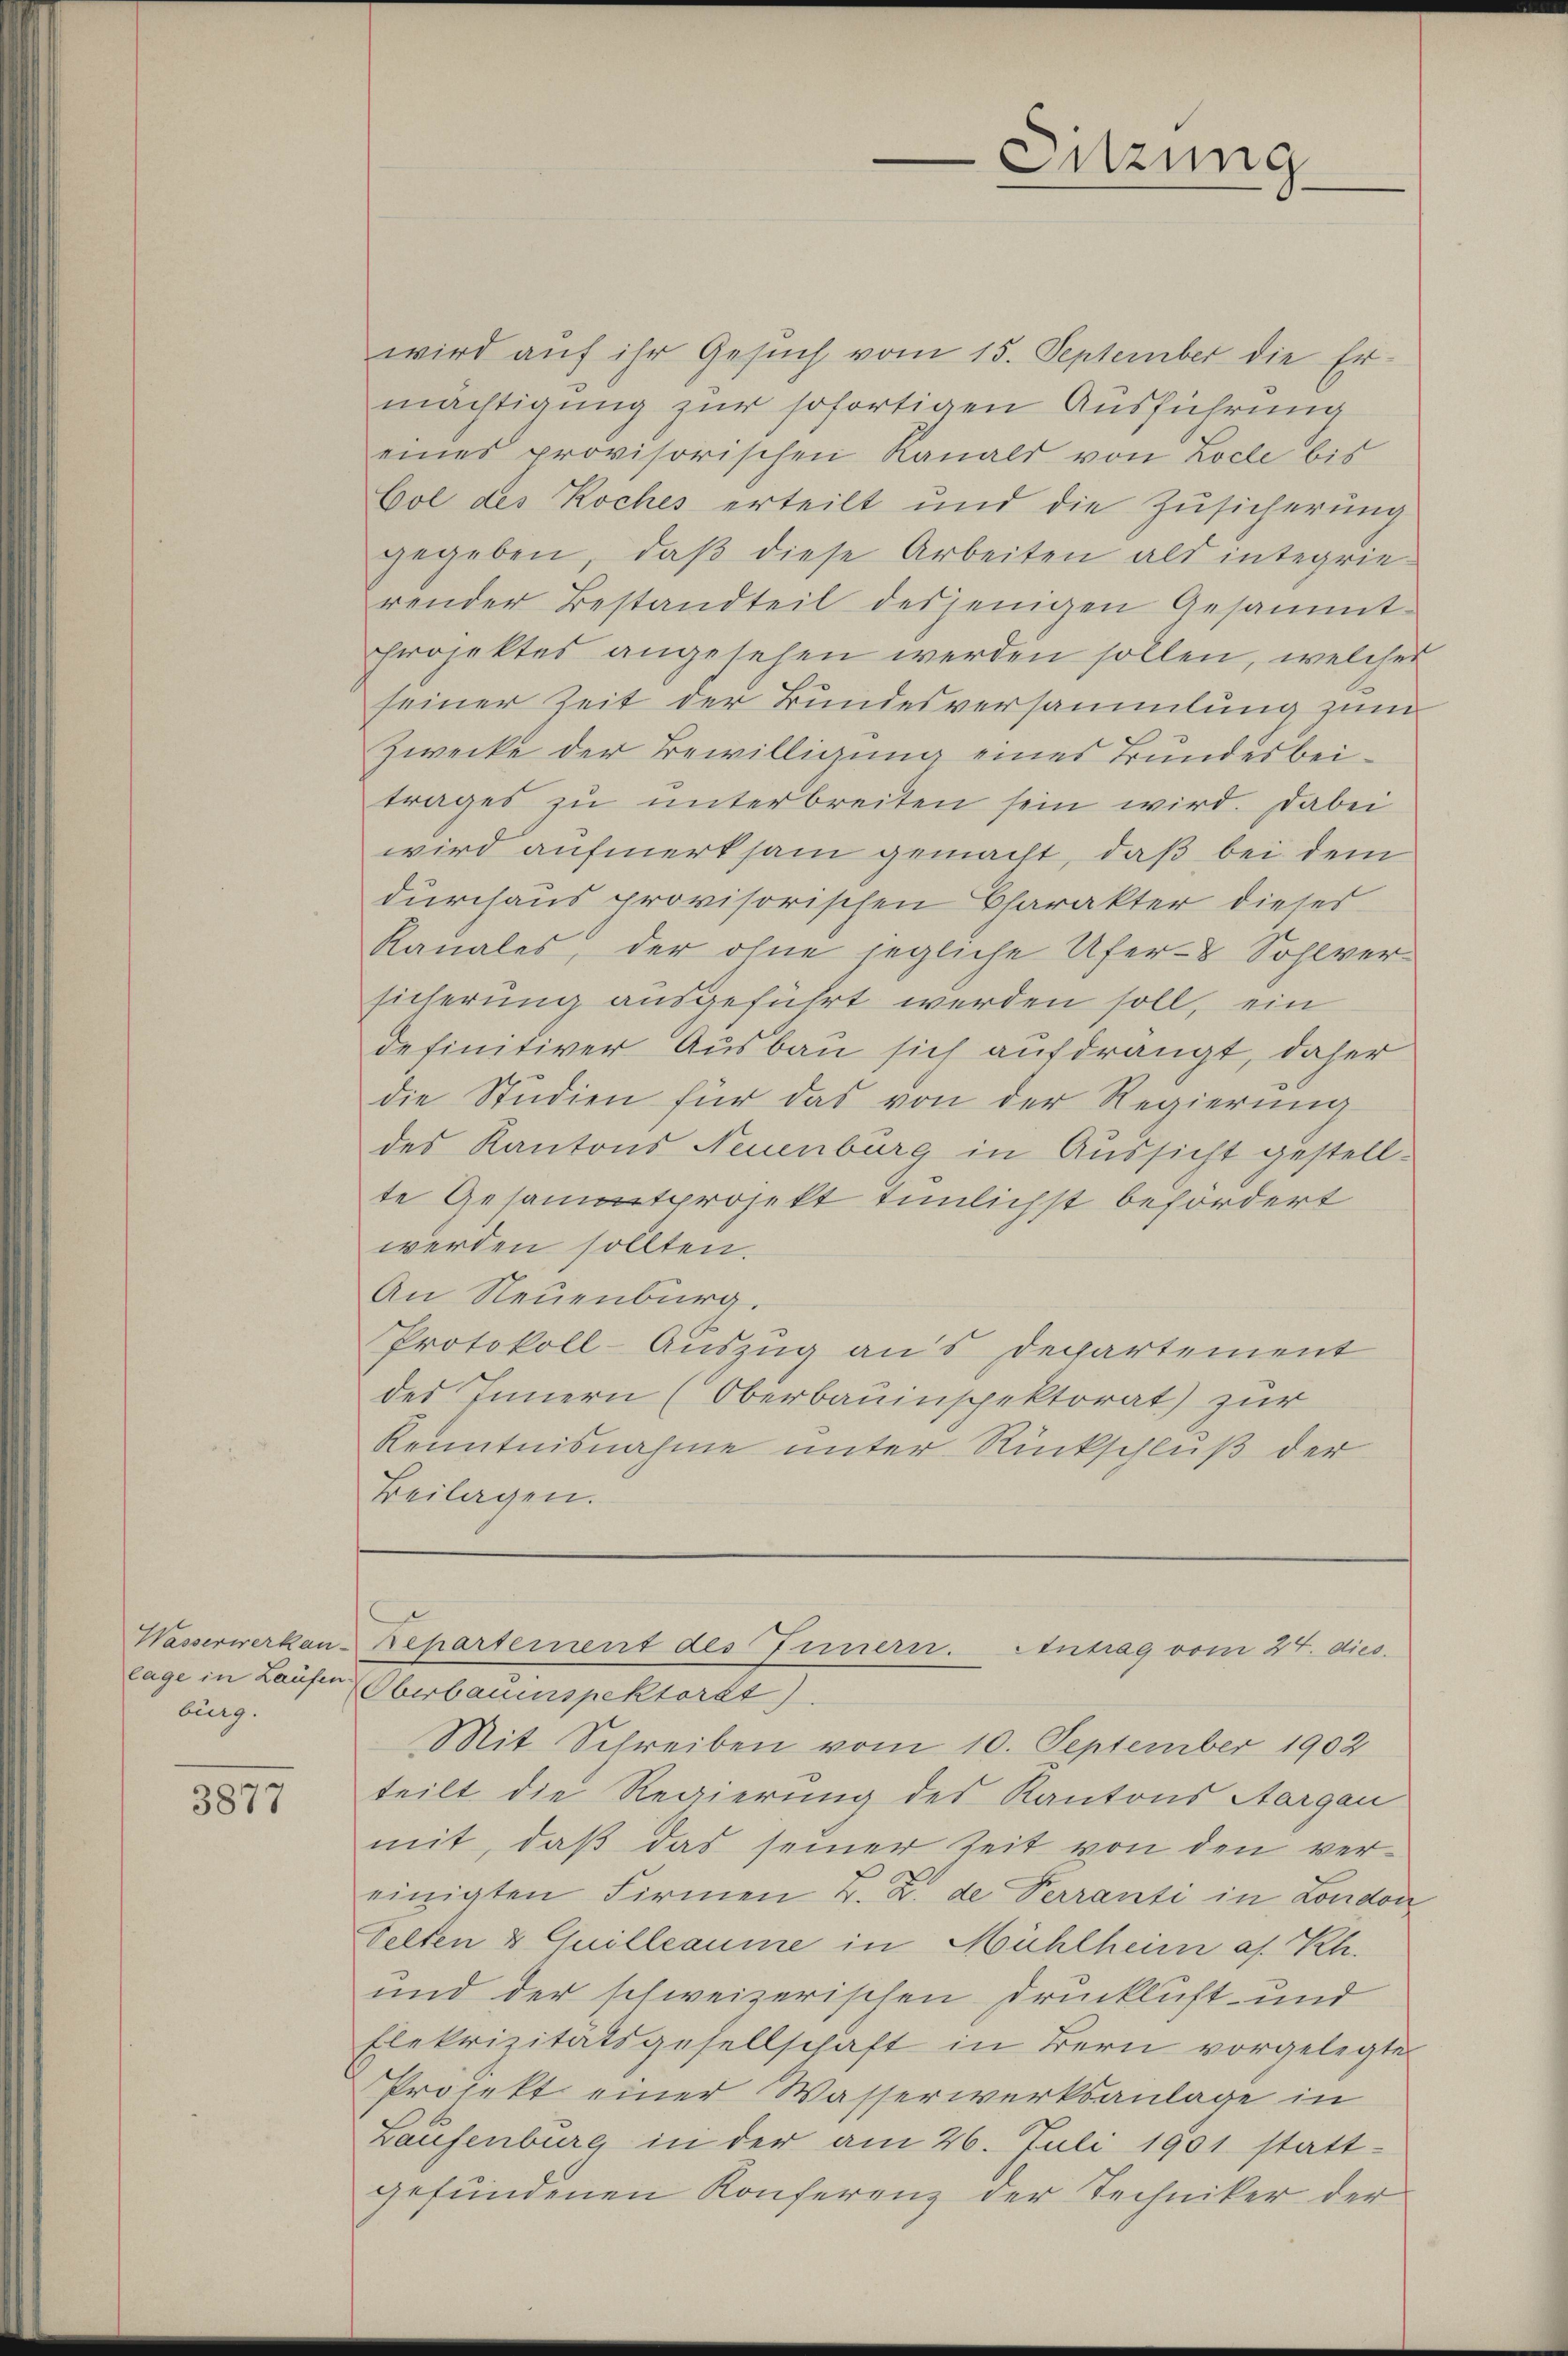
burg.

3877

wird auf ihr Gesuch vom 15. September die Ermächtigung zur sofortigen Ausführung
eines provisorischen Kanals von Loche bis
Col des Koches erteilt und die Zŭsicherŭng
gegeben, daβ diese Arbeiten als integrie-
render Bestandteil desjenigen Gesammt-
projektes angesehen werden sollen, welches
seiner Zeit der Bundesversammlung zum
Zwecke der Bewilligung eines Bundesbeitrages zu unterbreiten sein wird. Dabei
wird aufmerksam gemacht, daß bei dem
durchaus provisorischen Charakter dieses
Kanales, der ohne jegliche Ufer- Sohlversicherung ausgeführt werden soll, ein
definitiver Ausbau sich aufdrängt, daher
die Studien für das von der Regierŭng
des Kantons Neuenburg in Aussicht gestellte Gesammtprojekt tunlichst befördert
werden sollten.
An Neuenburg,
Protokoll-Auszug aus Departement
des Innern (Oberbauinspektorat) zur
Kenntnisnahme unter Rückschluß der
Beilagen.

lage in Laufer Oberbauenspektorat).
Mit Schreiben vom 10. September 1902
teilt die Regierung des Kantons Aargau
mit, daß das seiner Zeit von den vereinigten Firmen L. Z. de Verranti in Londor
Selten & Guilleaume in Mühlheim a. Rh.
und der schweizerischen Druckluft- und
Elekrizitätsgesellschaft in Bern vorgelegte
Projekt einer Wasserwerksanlage in
Laufenburg in der am 26. Juli 1901 statt-
gefundenen Konferenz der Techniker der

Sitzung

Wasserwerken repartement des Innern. Antrag vom 24. dies